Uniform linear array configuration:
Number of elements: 4
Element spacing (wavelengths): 0.5
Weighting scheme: hamming
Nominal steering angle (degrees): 60
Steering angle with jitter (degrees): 60.323
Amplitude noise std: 0.05
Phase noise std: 0.05

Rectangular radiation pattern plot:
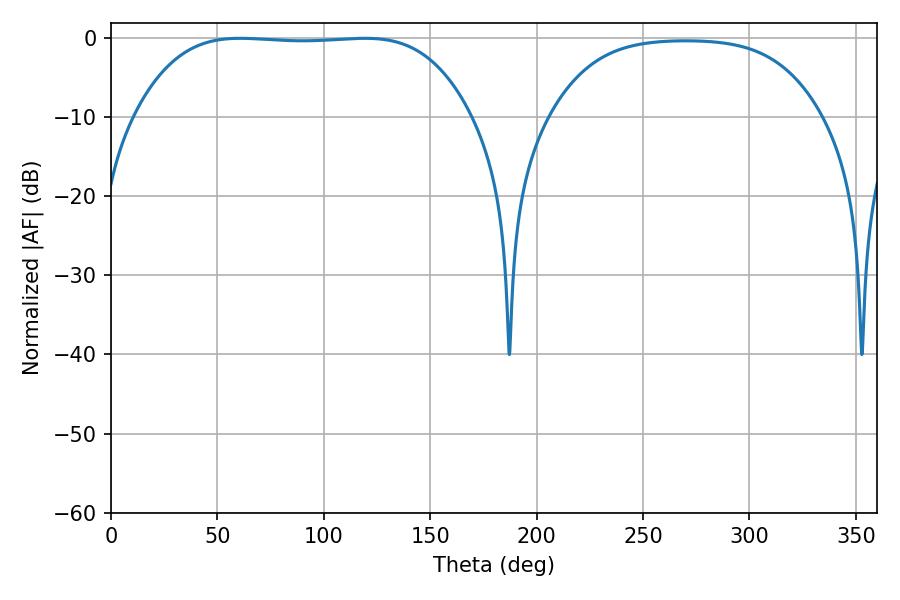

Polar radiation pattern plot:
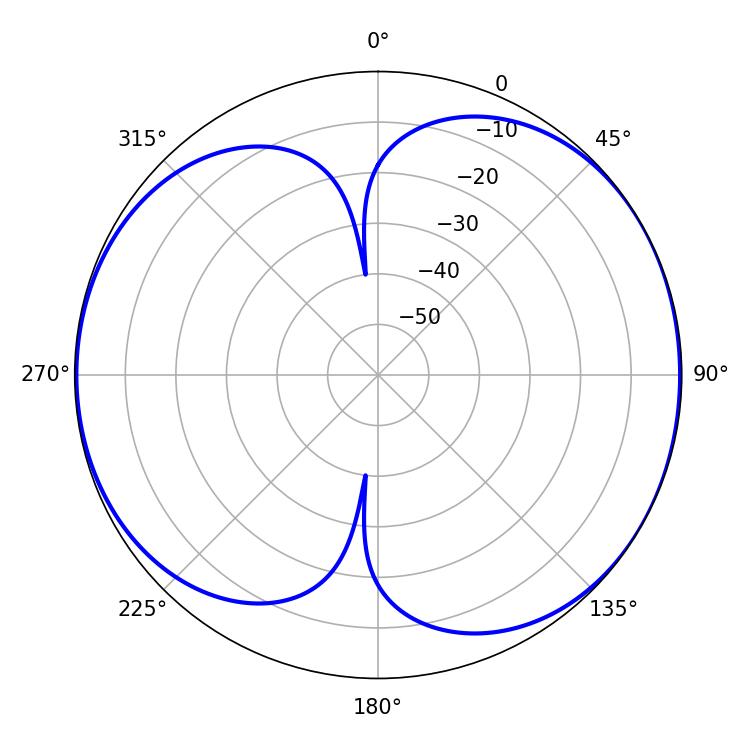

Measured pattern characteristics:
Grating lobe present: FALSE
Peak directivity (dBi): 6.616
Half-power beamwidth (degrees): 122.4
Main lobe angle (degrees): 60.66